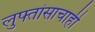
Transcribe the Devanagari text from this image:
लुफ्तांसाचाही